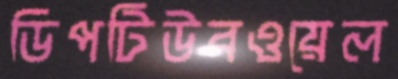
ডিপটিউবওয়েল